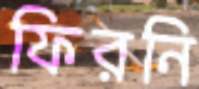
ফিরনি